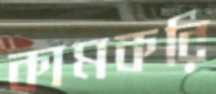
কামকরি